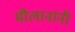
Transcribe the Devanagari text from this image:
मौलानांनी